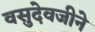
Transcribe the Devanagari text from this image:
वसुदेवजीने